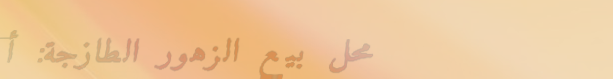
محل بيع الزهور الطازجة: أ